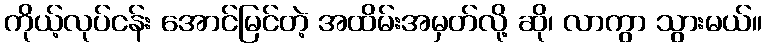
ကိုယ့်လုပ်ငန်း အောင်မြင်တဲ့ အထိမ်းအမှတ်လို့ ဆို၊ လာကွာ သွားမယ်။